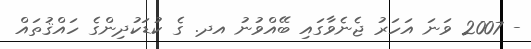
- 2007 ވަނަ އަހަރު ޖެނެވާގައި ބޭއްވުނު އދ. ގެ ކުޑަކުދިންގެ ހައްޤުތައް